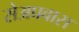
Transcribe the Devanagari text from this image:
सेअप्रवास